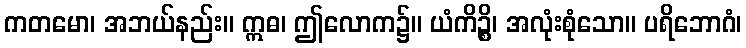
ကတမော၊ အဘယ်နည်း။ ဣဓ၊ ဤလောက၌။ ယံကိဉ္စိ၊ အလုံးစုံသော။ ပရိဘောဂံ၊